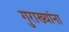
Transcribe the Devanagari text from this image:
गुराख्यांना